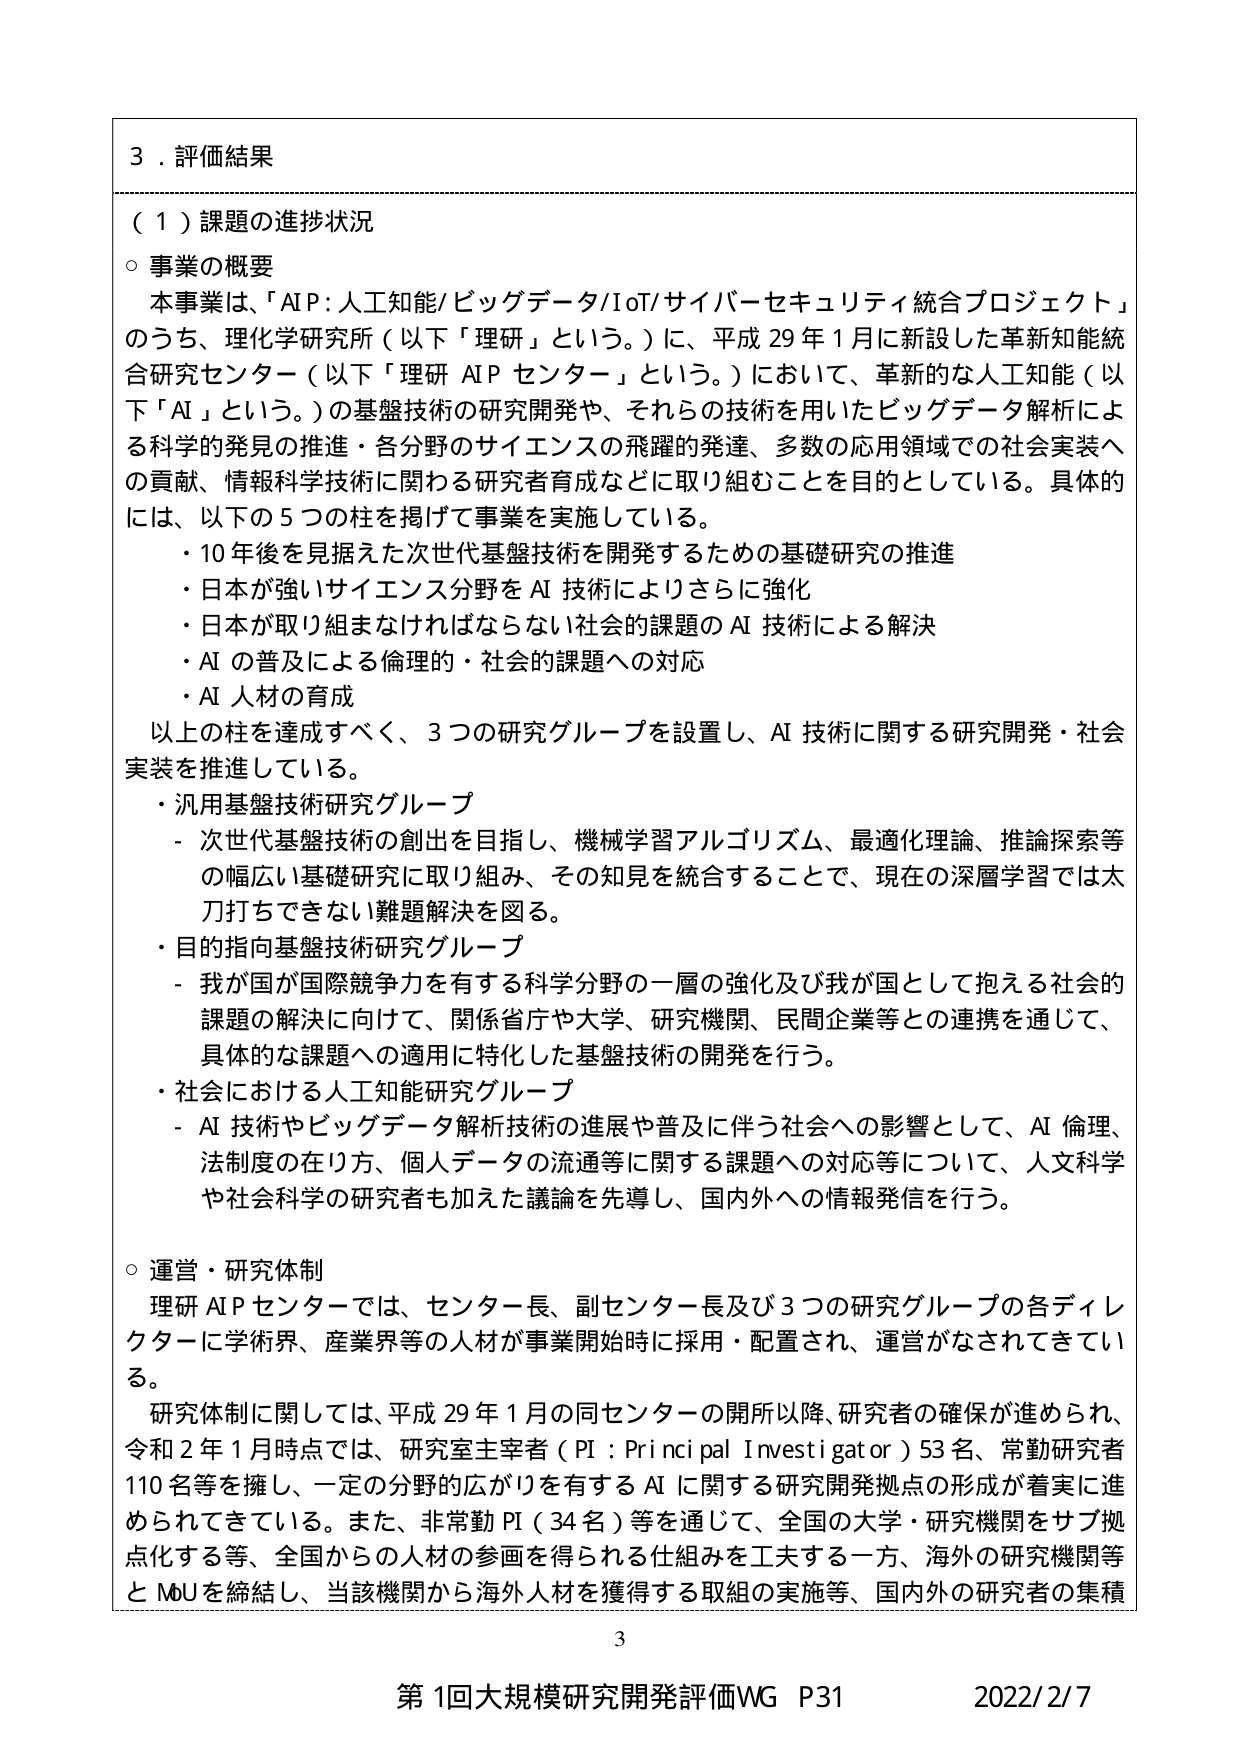
3．評価結果

（１）課題の進捗状況

○ 事業の概要
本事業は、「AI P：人工知能/ビッグデータ/IoT/サイバーセキュリティ統合プロジェクト」
のうち、理化学研究所（以下「理研」という。）に、平成29年1月に新設した革新知能統
合研究センター（以下「理研 AI P センター」という。）において、革新的な人工知能（以
下「AI」という。）の基盤技術の研究開発や、それらの技術を用いたビッグデータ解析によ
る科学的発見の推進・各分野のサイエンスの飛躍的発達、多数の応用領域での社会実装へ
の貢献、情報科学技術に関わる研究者育成などに取り組むことを目的としている。具体的
には、以下の5つの柱を掲げて事業を実施している。
・10年後を見据えた次世代基盤技術を開発するための基礎研究の推進
・日本が強いサイエンス分野をAI技術によりさらに強化
・日本が取り組まなければならない社会的課題のAI技術による解決
・AIの普及による倫理的・社会的課題への対応
・AI人材の育成
以上の柱を達成すべく、3つの研究グループを設置し、AI技術に関する研究開発・社会
実装を推進している。
・汎用基盤技術研究グループ
　- 次世代基盤技術の創出を目指し、機械学習アルゴリズム、最適化理論、推論探索等
　　の幅広い基礎研究に取り組み、その知見を統合することで、現在の深層学習では太
　　刀打ちできない難題解決を図る。
・目的指向基盤技術研究グループ
　- 我が国が国際競争力を有する科学分野の一層の強化及び我が国として抱える社会的
　　課題の解決に向けて、関係省庁や大学、研究機関、民間企業等との連携を通じて、
　　具体的な課題への適用に特化した基盤技術の開発を行う。
・社会における人工知能研究グループ
　- AI技術やビッグデータ解析技術の進展や普及に伴う社会への影響として、AI倫理、
　　法制度の在り方、個人データの流通等に関する課題への対応等について、人文科学
　　や社会科学の研究者も加えた議論を先導し、国内外への情報発信を行う。

○ 運営・研究体制
理研 AI P センターでは、センター長、副センター長及び3つの研究グループの各ディレ
クターに学術界、産業界等の人材が事業開始時に採用・配置され、運営がなされてきてい
る。
研究体制に関しては、平成29年1月の同センターの開所以降、研究者の確保が進められ、
令和2年1月時点では、研究室主宰者（PI：Principal Investigator）53名、常勤研究者
110名等を擁し、一定の分野の広がりを有するAIに関する研究開発拠点の形成が着実に進
められてきている。また、非常勤PI（34名）等を通じて、全国の大学・研究機関をサブ拠
点化する等、全国からの人材の参画を得られる仕組みを工夫する一方、海外の研究機関等
とMoUを締結し、当該機関から海外人材を獲得する取組の実施等、国内外の研究者の集積

3
第1回大規模研究開発評価WG P31 2022/2/7